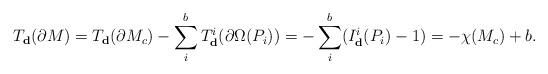
LaTeX: \begin{align*}T_{\textbf{d}}(\partial M)=T_{\textbf{d}}(\partial M_{c}) - \sum_i^b T_{\textbf{d}}^i (\partial \Omega (P_i))=- \sum_i^b (I_{\textbf{d}}^i (P_i) -1)=-\chi(M_c) +b .\end{align*}